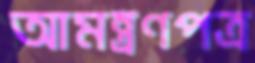
আমন্ত্রণপত্র